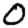
Digit: 0